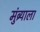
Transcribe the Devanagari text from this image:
मुंब्र्याला